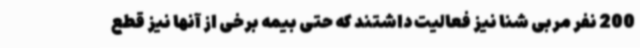
200 نفر مربی شنا نیز فعالیت داشتند که حتی بیمه برخی از آنها نیز قطع